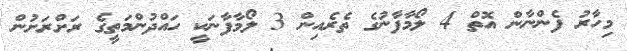
މިހާރު ފެންނާން އޮތް 4 ލޯމާފާނުގެ ތެރެއިން 3 ލޯމާފާނަކީ ހައްދުންމަތީގެ ރަށްރަށުން